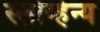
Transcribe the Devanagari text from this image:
स्लोव्हेन्य